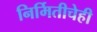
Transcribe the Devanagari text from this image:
निर्मितीचेही